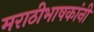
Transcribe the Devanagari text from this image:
मराठीभाषकांनी